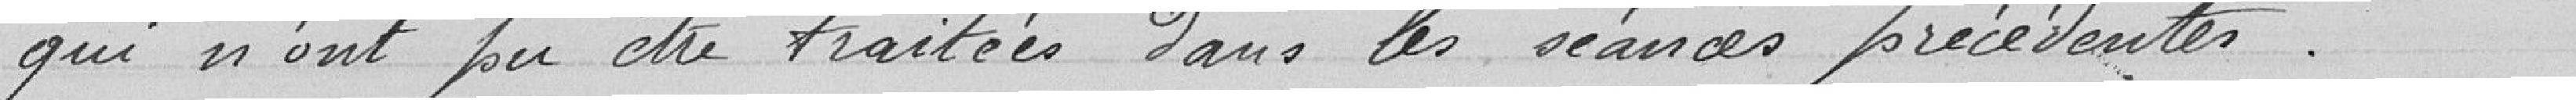
qui n'ont pas pu être traitées dans les séances précédentes.